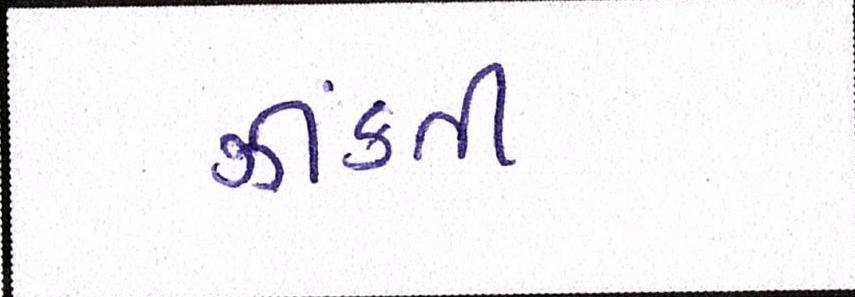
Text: ઝીંકતી